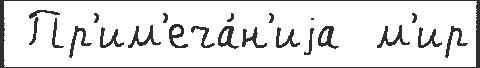
 Пр'им'еча́н'иjа  м'ир